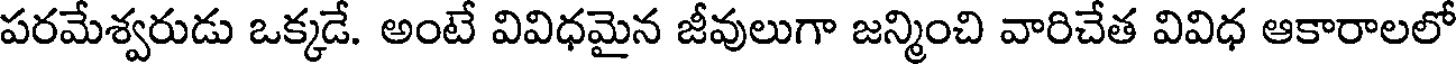
పరమేశ్వరుడు ఒక్కడే. అంటే వివిధమైన జీవులుగా జన్మించి వారిచేత వివిధ ఆకారాలలో